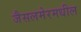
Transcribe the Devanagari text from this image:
जैसलमेरमधील